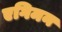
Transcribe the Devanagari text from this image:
एगिमन